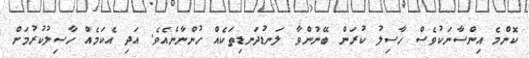
ކޮންމެ އިންސާނަކުވެސް ހާސިލު ކުރަން ބޭނުންވާ ލަނޑުދަނޑިތަކެއް ހުންނާނެއެވެ. އަދި އެކަމެއް ހާސިލުކުރުމަށް